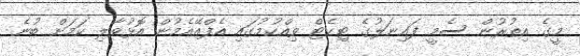
މީގެ އިތުރުން ސެމީ ފައިނަލުގެ ޓިކެޓް ވިއްކުމުގައި އެފްއޭއެމުން އޮޅުވާލި ކަމަށް ބުނެ